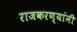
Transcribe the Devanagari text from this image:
राजकरण्यांनी